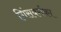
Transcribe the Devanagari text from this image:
गिंसबर्गका